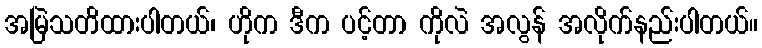
အမြဲသတိထားပါတယ်၊ ဟိုက ဒီက ပင့်တာ ကိုလဲ အလွန် အလိုက်နည်းပါတယ်။